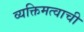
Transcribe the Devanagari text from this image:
व्यक्तिमत्वाची